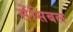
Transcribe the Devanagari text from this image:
सेंसिबल